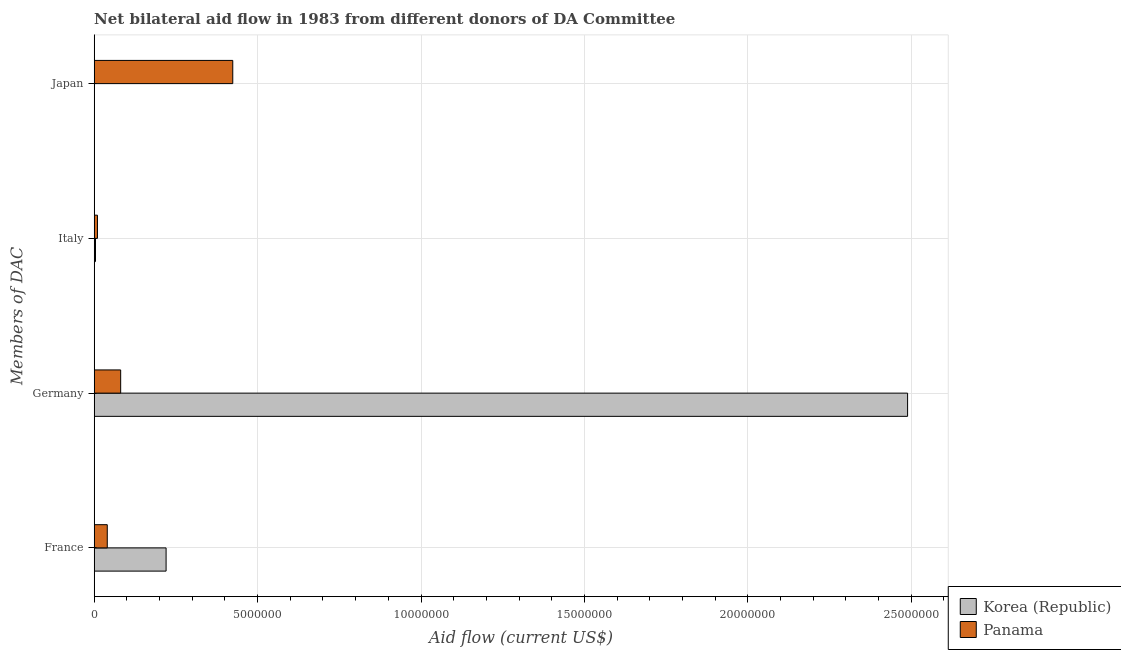
| Members of DAC | Korea (Republic) | Panama |
 | --- | --- | --- |
 | France | 2.2e+06 | 4e+05 |
 | Germany | 2.49e+07 | 8.1e+05 |
 | Italy | 4e+04 | 1e+05 |
 | Japan | -6.64e+06 | 4.24e+06 |